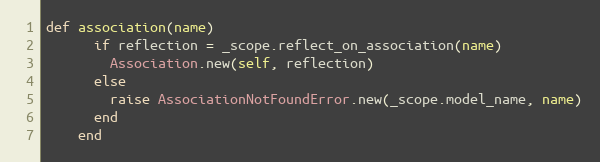
Language: Ruby
def association(name)
      if reflection = _scope.reflect_on_association(name)
        Association.new(self, reflection)
      else
        raise AssociationNotFoundError.new(_scope.model_name, name)
      end
    end